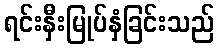
ရင်းနှီးမြုပ်နှံခြင်းသည်